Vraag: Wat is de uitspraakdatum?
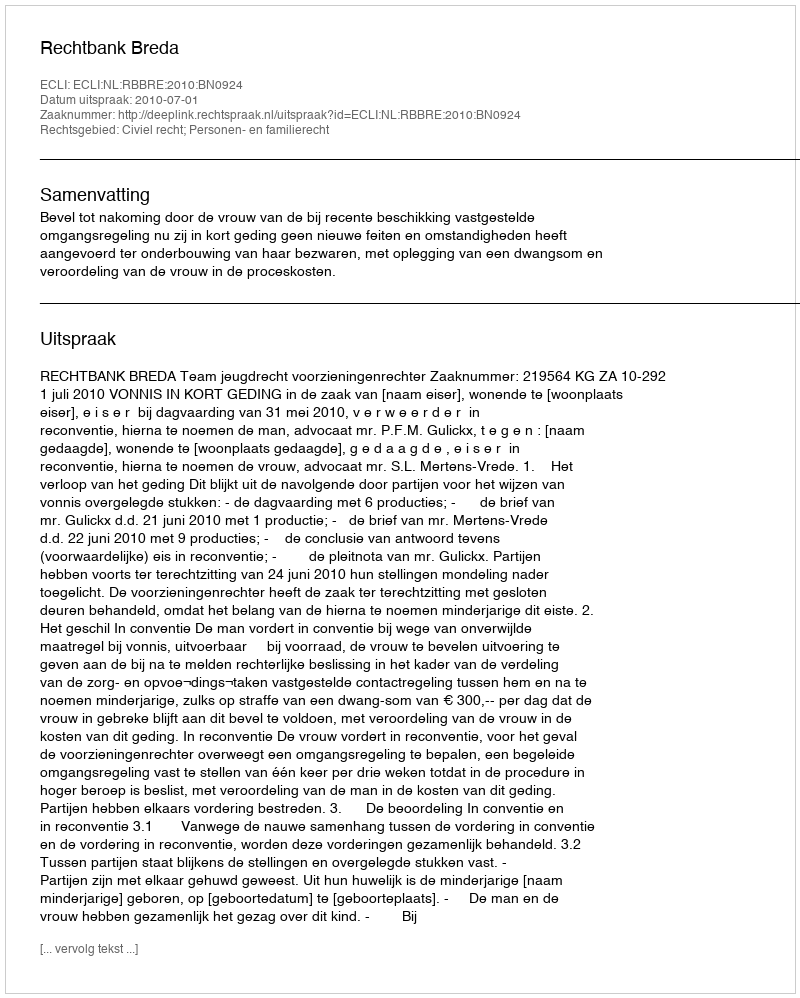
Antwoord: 2010-07-01